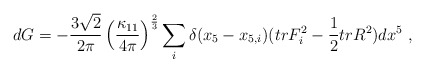
\begin{align*}d G = -{3 \sqrt 2 \over 2 \pi} \left( \frac{\kappa_{11}}{4\pi} \right)^{2 \over 3} \sum_i \delta (x_5-x_{5,i}) (tr F_i^2-{1 \over 2}tr R^2) dx^5 \ , \end{align*}